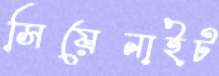
সিয়েনাইট